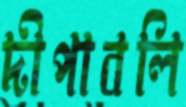
দীপাবলি